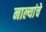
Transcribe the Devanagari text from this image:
नाल्यांचे